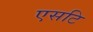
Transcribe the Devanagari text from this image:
एसटि